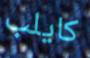
كايلب